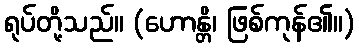
ရုပ်တို့သည်။ (ဟောန္တိ၊ ဖြစ်ကုန်၏။)